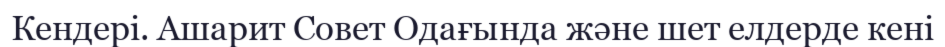
Кендері. Ашарит Совет Одағында және шет елдерде кені